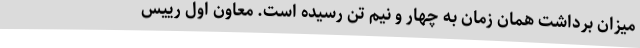
میزان برداشت همان زمان به چهار و نیم تن رسیده است. معاون اول رییس